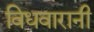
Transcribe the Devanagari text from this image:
विधवारानी